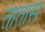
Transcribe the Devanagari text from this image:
तातास